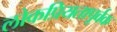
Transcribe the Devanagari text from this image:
लोकप्रियतापूर्वक